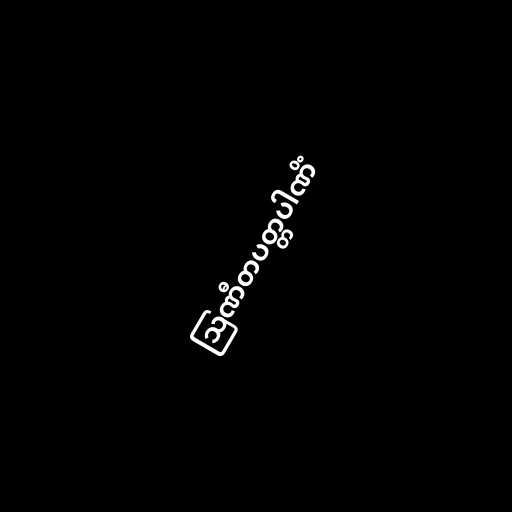
ဩဏီတပတ္တပါဏိံ